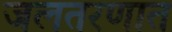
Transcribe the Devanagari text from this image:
जलतरणात